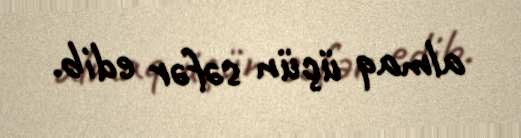
almaq üçün səfər edib.